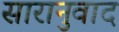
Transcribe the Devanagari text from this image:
सारानुवाद